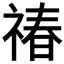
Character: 𬓉